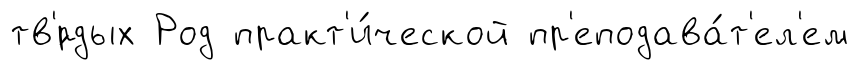
тв'́рдых Род практ'и́ческой пр'еподава́т'ел'ем